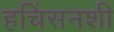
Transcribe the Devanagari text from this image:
हचिंसनशी